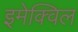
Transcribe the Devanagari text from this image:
इमेक्विल